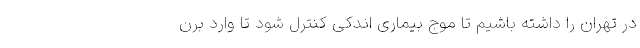
در تهران را داشته باشیم تا موج بیماری اندکی کنترل شود تا وارد برن